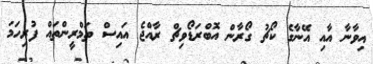
އިވާނާ އާއި އޭނާގެ ކޯޗު ގޯރާން އޮބްރަޑޯވިޗް ރާއްޖެ އައިސް ތަމްރީންތައް ފުރިހަމަ